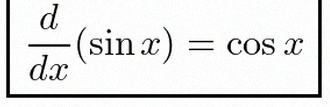
\frac{d}{dx}(\sin x)=\cos x